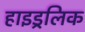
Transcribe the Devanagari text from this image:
हाइड्रलिक